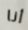
أنا